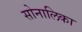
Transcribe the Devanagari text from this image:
सोनालिका